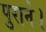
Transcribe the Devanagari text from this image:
पुराने।